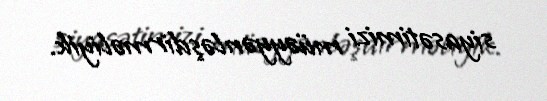
siyasətimizi müəyyənləşdirməliyik.